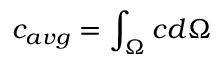
c _ { a v g } = \int _ { \Omega } c d \Omega